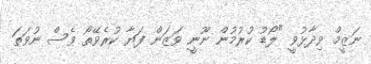
ނަޒީމް ވިދާޅުވީ "ލޯޑު ކުރުމުން ނޫނީ ވަޒަން ފަޔާ ކުރެވޭތޯ ވެސް ނުވަތަ